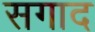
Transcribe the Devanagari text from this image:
सगाद